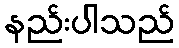
နည်းပါသည်